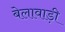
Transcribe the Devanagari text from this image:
बेलावाड़ी